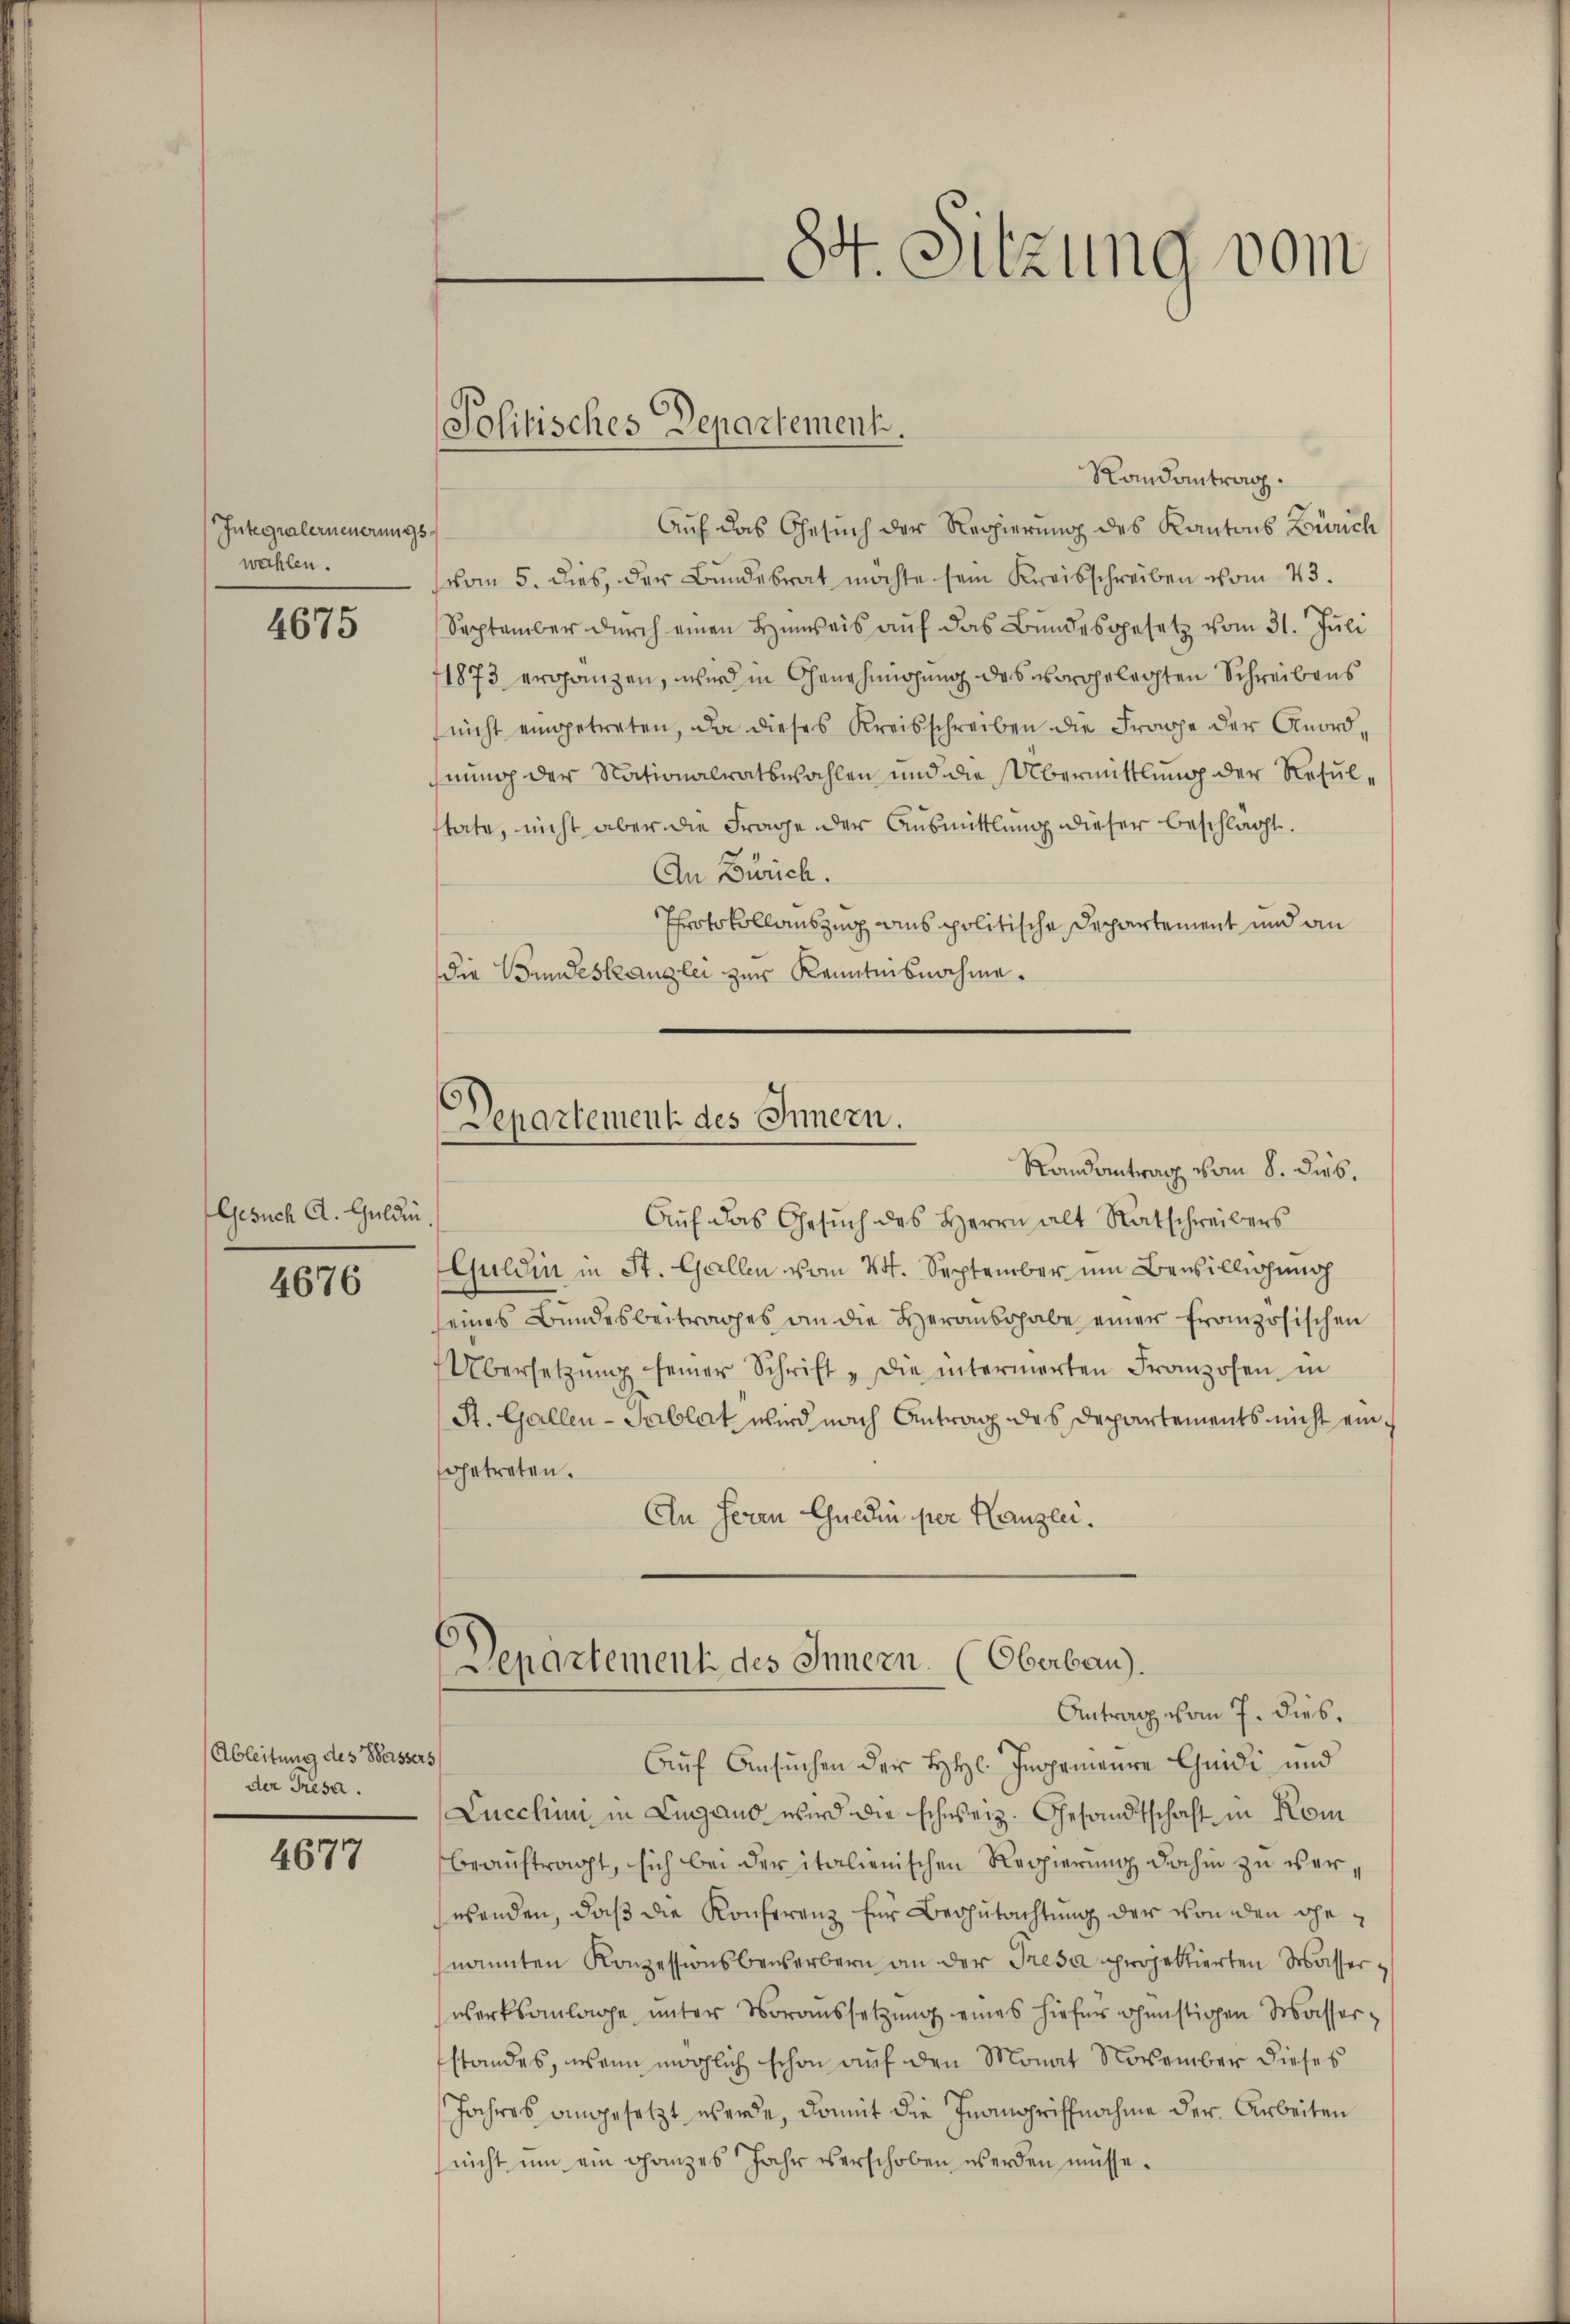
Integralerneuerungs
wahlen.

4675

Gesuch A. Guldin

4676

Ableitung des Wasser
der Tresa.

4677

Randantrag.
Auf das Gesuch der Regierung des Kantons Zürich
vom 5. dies, der Bundesrat möchte sein Kreisschreiben vom 23.
September durch einen Hinweis aŭf das Bundesgesetz vom 31. Juli
1873 ergänzen, wird in Genehmigung des vorgelegten Schreibens
nicht eingetreten, da dieses Kreisschreiben die Frage der Anordhnung der Nationalratswahlen und die Übermittlung der Resulstate, nicht aber die Frage der Ausmittlung dieser beschlagt.
An Zürich.
Protokollauszug aus politische Departement und an
die Bundeskanzlei zur Kenntnisnahme.

Aŭf das Gesŭch des Herrn alt Ratschreibers
Guldin in St. Gallen vom 24. September um Bewilligung
seines Bundesbeitrages an die Herausgabe einer französischen
Übersetzŭng seiner Schrift „die intermorten Franzosen in
St. Gallen-Tablat, wird nach Antrag des Departements nicht eingetreten.
An Herrn Gulden per Kanzen.

Politisches Departement.

84. Sitzung vom

Departement des Innern.
Randantrag vom 8. Dieb.

Departement des Innern (Oberbau).
Antrag vom 7. dies.

Auf Ansuchen der HHl. Inormanie Chuidi und
Lucchini in Lugano wird die schweiz. Gesandtschaft in Kom
beauftragt, sich bei der italienischen Regierung dahin zu verwenden, daß die Konferenz für Begutachtung der von den ehenannten Konzessionsbewerbern an der Tresa projektierten Wasser.
werksanlage ŭnter Voraussetzŭng eines hiefür ohenstigen Wasserstandes, wenn möglich schon auf den Monat November dieses
Jahres angesetzt werde, damit die Inangriffnahme der Arbeiten
nicht um ein ganzes Jahr verschoben werden müsse.